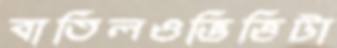
বাতিলওভিত্তিটা